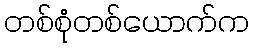
တစ်စုံတစ်ယောက်က